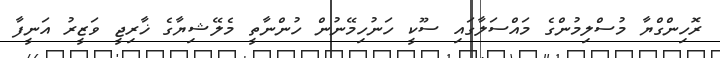
ރޮހިންގްޔާ މުސްލިމުންގެ މައްސަލާގައި ސޫކީ ހަނުހިމޭނުން ހުންނާތީ މެލޭޝިޔާގެ ޚާރިޖީ ވަޒީރު އަނީފާ